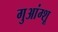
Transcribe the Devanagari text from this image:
गुआंग्शू